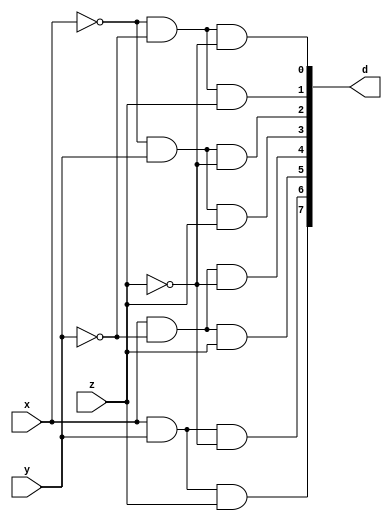
module Decoder(d, x, y, z);
	input x, y, z;
	output [7:0] d;

	and a0(d[0], ~x, ~y, ~z);
	and a1(d[1], ~x, ~y, z);
	and a2(d[2], ~x, y, ~z);
	and a3(d[3], ~x, y, z);
	and a4(d[4], x, ~y, ~z);
	and a5(d[5], x, ~y, z);
	and a6(d[6], x, y, ~z);
	and a7(d[7], x, y, z);
endmodule

module FAdder(s, c, x, y, z);
	input x, y, z;
	output s, c;
	wire [7:0] d;
	Decoder d0(d, x, y, z);
	assign
		s = d[1] | d[2] | d[4] | d[7],
		c = d[3] | d[5] | d[6] | d[7];
endmodule

module testBench;
	reg x, y, z;
	wire s, c;

	FAdder fa(s, c, x, y, z);

	initial
	begin
		$monitor($time, "\t x=%b\ty=%b\tz=%b\ts=%b\tc=%b", x, y, z, s, c);
		x = 1'b0; y = 1'b1; z = 1'b0;
		#5 x = 1'b1; y = 1'b0; z=1'b1;
		#10 x = 1'b1; y = 1'b1; z = 1'b1;
	end
endmodule